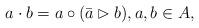
LaTeX: \begin{align*}a\cdot b = a\circ (\bar{a} \rhd b),a,b\in A,\end{align*}